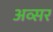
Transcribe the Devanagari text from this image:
अव्सर